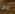
فرح